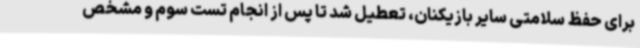
برای حفظ سلامتی سایر بازیکنان، تعطیل شد تا پس از انجام تست سوم و مشخص